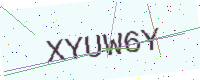
Text: XYUW6Y